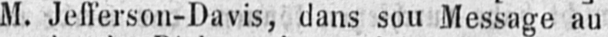
M. Jefferson-Davis, dans sou Message au